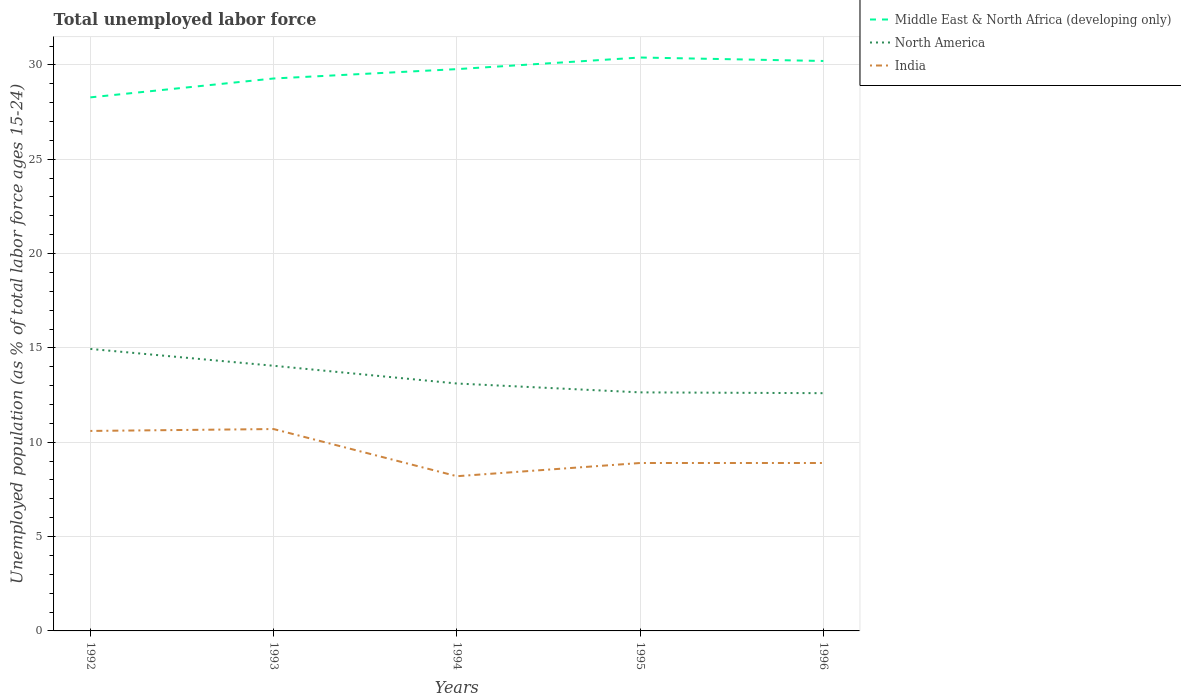
| Years | Middle East & North Africa (developing only) | North America | India |
 | --- | --- | --- | --- |
 | 1992 | 28.3 | 14.9 | 10.6 |
 | 1993 | 29.3 | 14.1 | 10.7 |
 | 1994 | 29.8 | 13.1 | 8.2 |
 | 1995 | 30.4 | 12.6 | 8.9 |
 | 1996 | 30.2 | 12.6 | 8.9 |